Indian journal of veterinary science and animal husbandry - Volumes 15-17, 1948-1951
Year: 1948
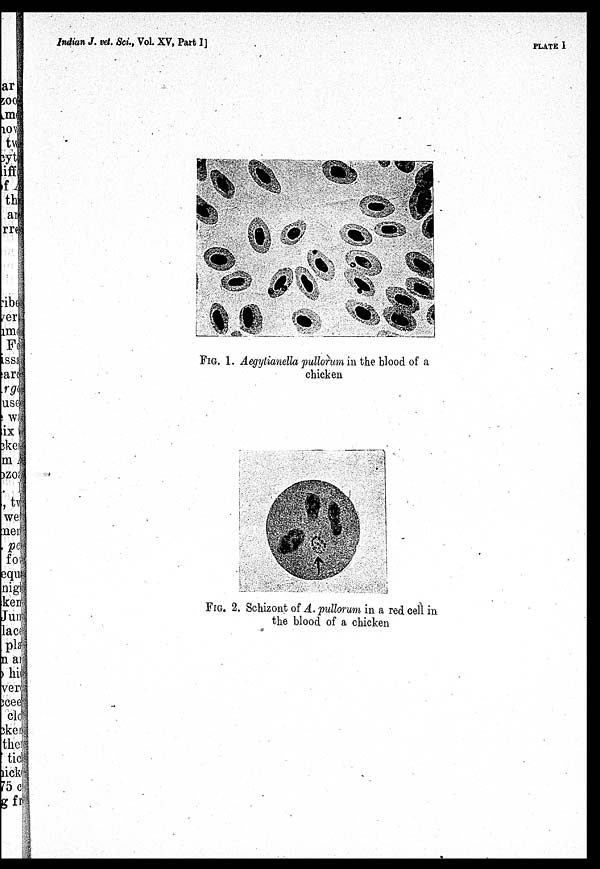
Indian J. vet Sci., Vol. XV, Part I]
PLATE I
FIG. 1. Aegytianella pullorum in the blood of a
chicken
FIG. 2. Schizont of A. pullorum in a red cell in
the blood of a chicken